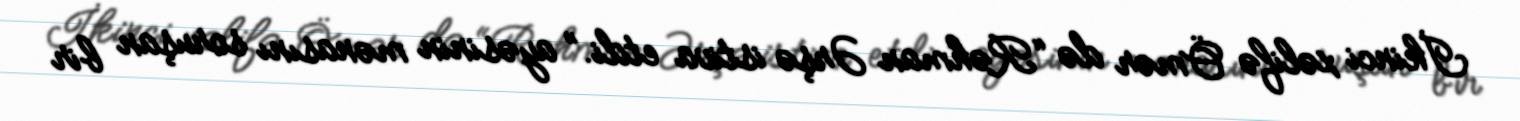
İkinci xəlifə Ömər də “Rəhman Ərşə istiva etdi.” ayəsinin mənasını soruşan bir